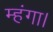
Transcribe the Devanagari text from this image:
म्हंगा।